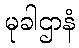
မုခါဌာနံ